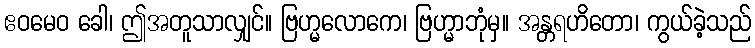
ဧဝမေဝ ခေါ၊ ဤအတူသာလျှင်။ ဗြဟ္မလောကေ၊ ဗြဟ္မာဘုံမှ။ အန္တရဟိတော၊ ကွယ်ခဲ့သည်